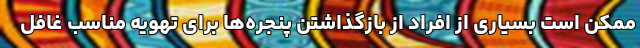
ممکن است بسیاری از افراد از بازگذاشتن پنجره‌ها برای تهویه مناسب غافل